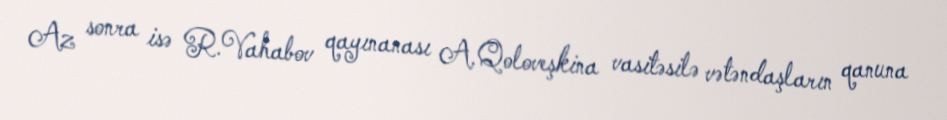
Az sonra isə R.Vahabov qayınanası A.Qoloveşkina vasitəsilə vətəndaşların qanuna